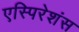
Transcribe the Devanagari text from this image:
एस्पिरेशंस